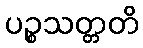
ပဉ္စသတ္တတိ